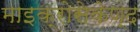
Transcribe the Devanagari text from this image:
माइक्रोसेकेण्द